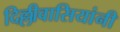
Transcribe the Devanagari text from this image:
दिल्लीवासियांनी